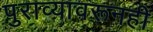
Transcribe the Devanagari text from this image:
पुराव्यावरूनही